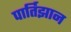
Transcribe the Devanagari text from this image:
पार्तिझान